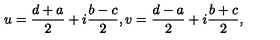
u = \frac { d + a } { 2 } + i \frac { b - c } { 2 } , v = \frac { d - a } { 2 } + i \frac { b + c } { 2 } ,